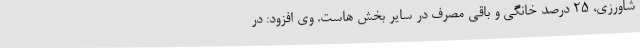
شاورزی، 25 درصد خانگی و باقی مصرف در سایر بخش هاست. وی افزود: در